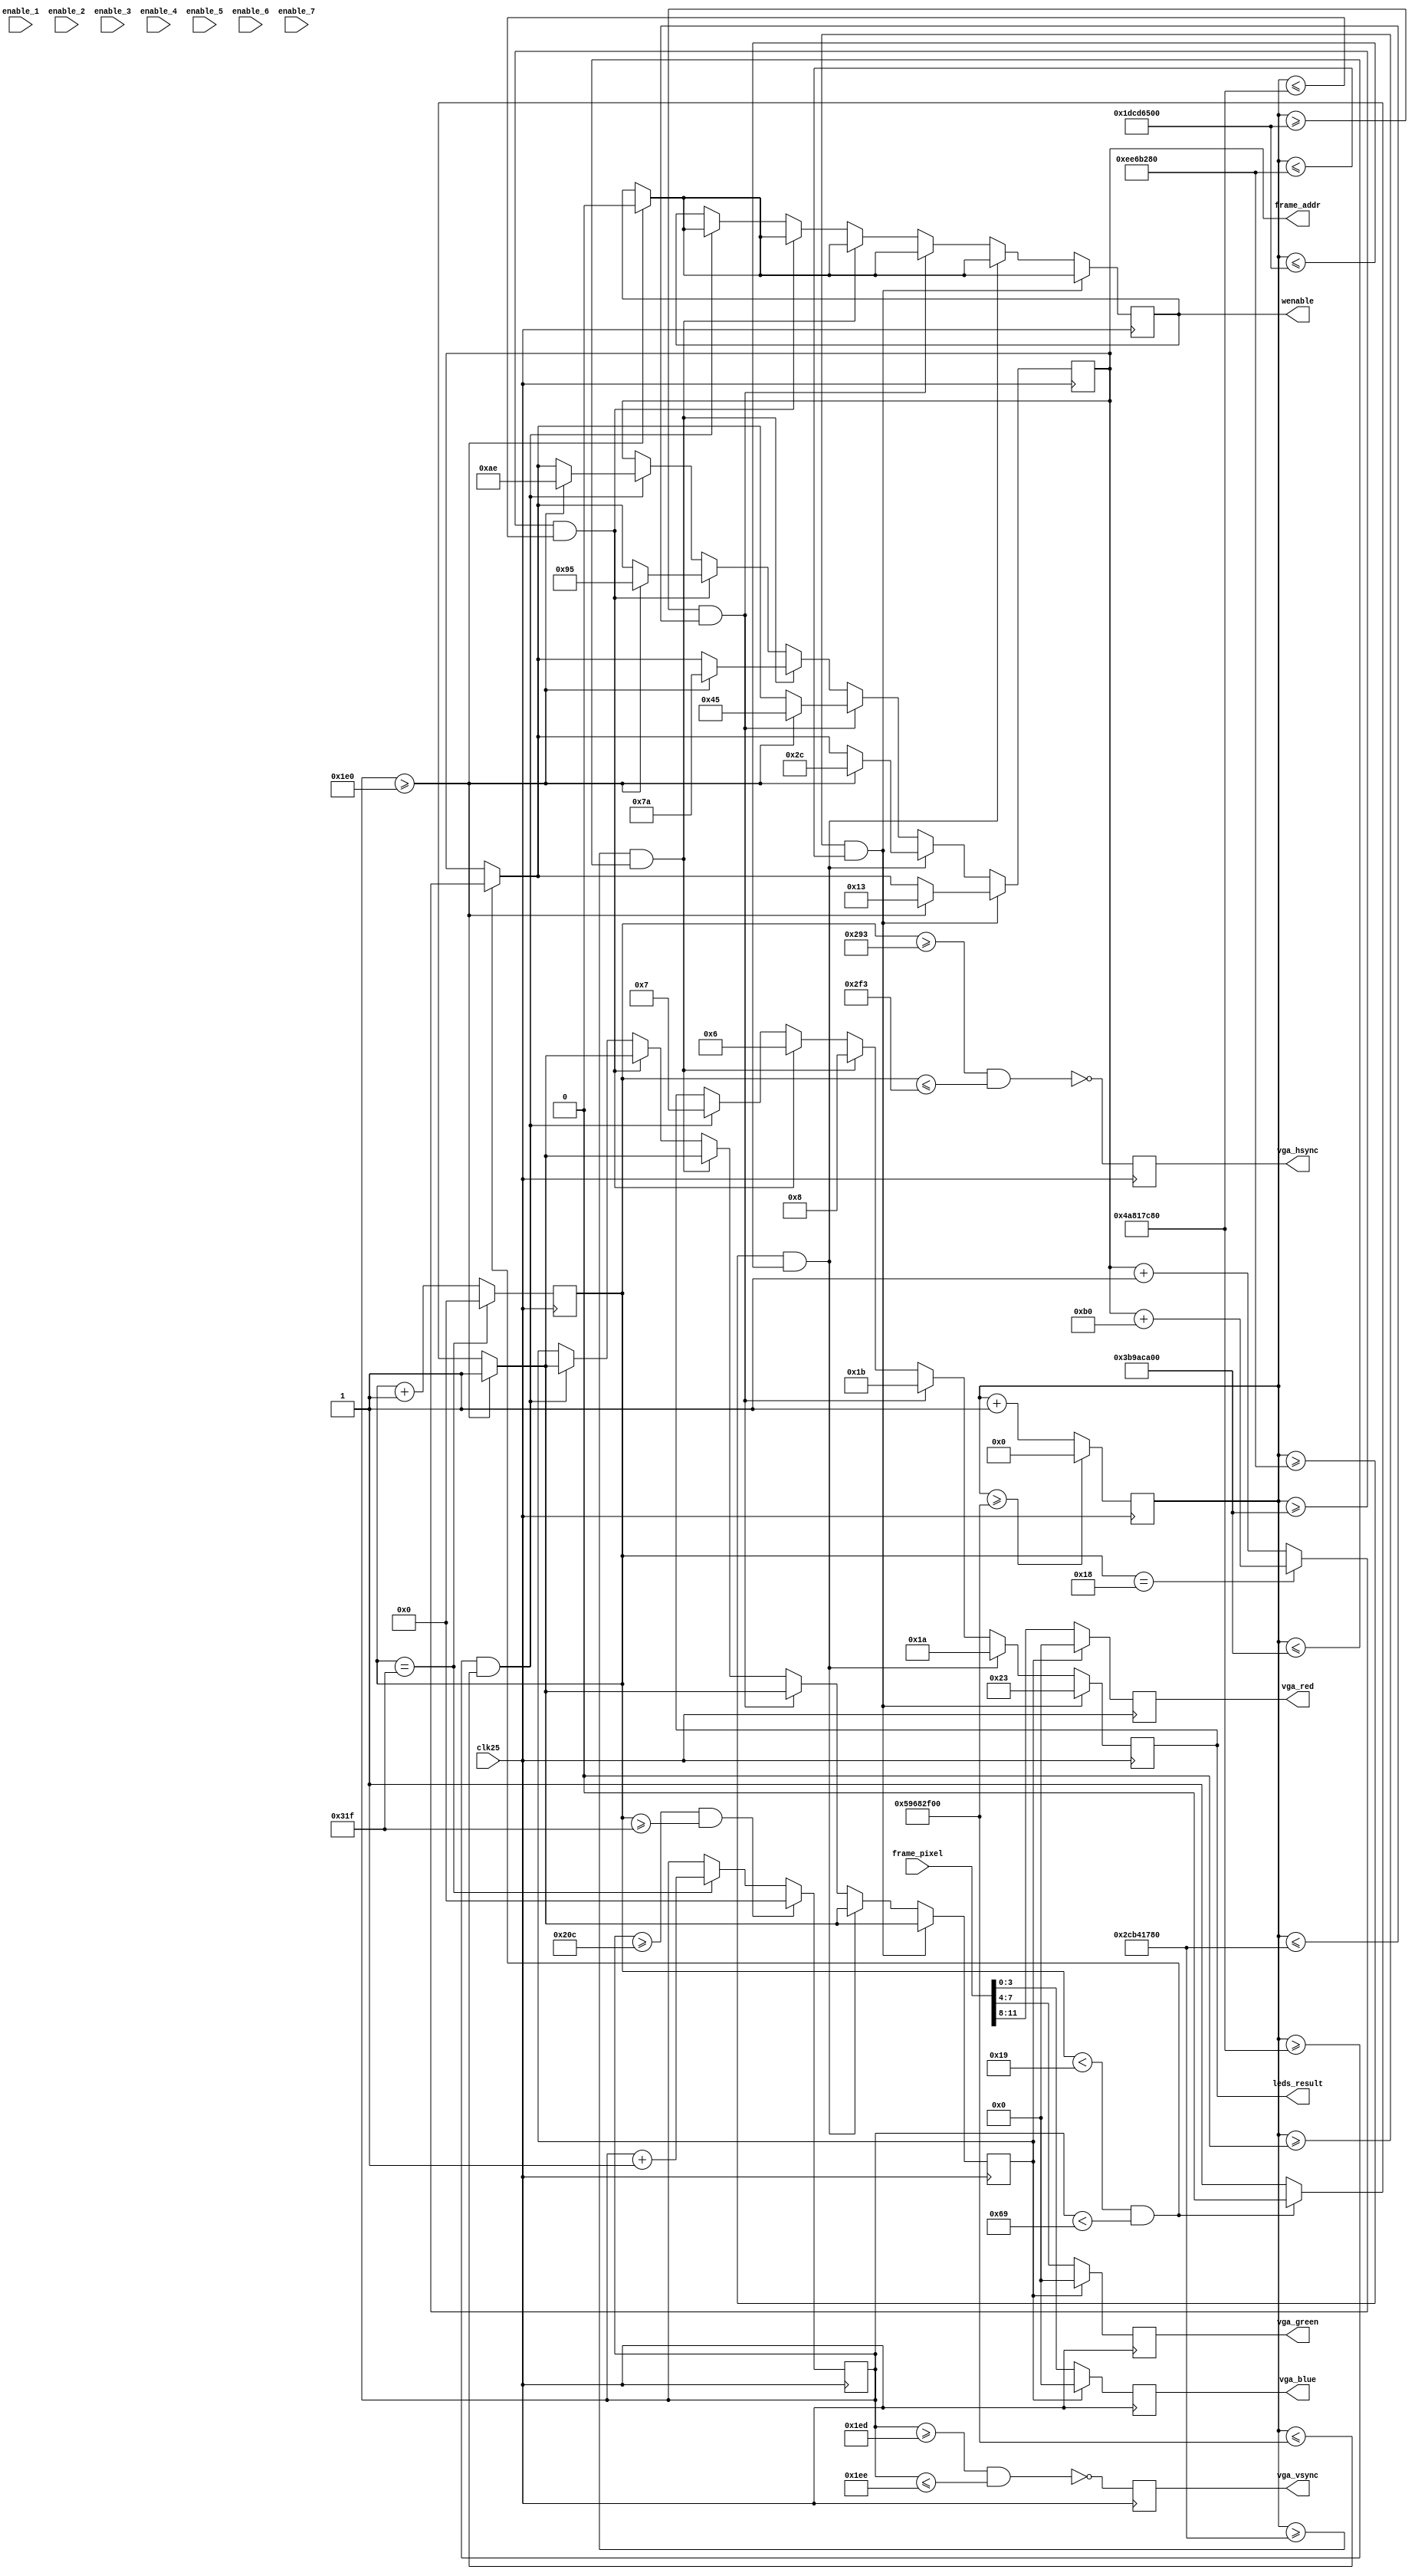


module VGA_Controller(
    input           enable_1,
    input           enable_2,
    input           enable_3,
    input           enable_4,
    input           enable_5,
    input           enable_6,
    input           enable_7,
    input           clk25,          // 25Mhz clock for VGA 640x480
	output  [3:0]   vga_red,        // VGA RED
	output  [3:0]   vga_green,      // VGA GREEN
    output  [3:0]   vga_blue,       // VGA BLUE
    output          vga_hsync,      // Horizontal sync pulse
    output          vga_vsync,      // Vertical sync pulse
    output  [14:0]  frame_addr,     // Address to read from memory
    input   [11:0]  frame_pixel,     // Data read from a memory location
    output wenable,   
    output [5:0] leds_result
); 
reg [5:0] leds;
	// Timing constants
	parameter hRez         = 639; 
	parameter hStartSync   = 659; 
	parameter hEndSync     = 755; 
	parameter hMaxCount    = 799; 
	
	parameter vRez         = 480; 
	parameter vStartSync   = 493; 
	parameter vEndSync     = 494; 
	parameter vMaxCount    = 524; 
	
	// Pixel row and col 
	reg [9:0] hCounter = {10{1'b0}};
	reg [9:0] vCounter = {10{1'b0}};
//	reg [9:0] x_pos = {10{1'b0}};
  //  reg [9:0] y_pos = {10{1'b0}};
	// Address to read from memory
	//reg [15:0] address = {16{1'b0}};
	reg [14:0] address = 15'd19;
	reg we = 1'b1;
	// Flag to indicate the area to display images
	reg blank = 0;
	
	// Internal signals for VGA interface
	reg [3:0]  vga_red_temp = 0;
	reg [3:0]  vga_blue_temp = 0;
	reg [3:0]  vga_green_temp = 0;
	reg        vga_hsync_temp = 0;
	reg        vga_vsync_temp = 0;
	reg        [31:0] counter_enable;
    

	always @(posedge clk25) begin
	//if (enable) begin
	    // Increasement horizontal sync counter
	   // if  (enable_1 == 1'b1) begin
	     //  counter_enable <= counter_enable + 1'b1;
	     //  end
    
         counter_enable <= counter_enable + 1'b1; 	    
	    if (counter_enable >= 32'd1500000000) begin
	    counter_enable <= 32'd0;
	    end
	    
	    
	    if (hCounter == hMaxCount)	
            hCounter <= 10'd0;
        else    
            hCounter <= hCounter + 10'd1;
	    
	    // Increasement vertical sync counter
	    if ((vCounter >= vMaxCount) && (hCounter >= hMaxCount))
            vCounter <= 10'd0;
        else if (hCounter == hMaxCount)
            vCounter <= vCounter + 10'd1;

        // Generate RGB value for VGA display
        // if blank is asserted, the area will be black
        // if blank is de-asserted, the area will have color
	    if(blank == 0) begin
			vga_red_temp   <= frame_pixel[11:8];
        vga_green_temp <= frame_pixel[7:4];
        vga_blue_temp <= frame_pixel[3:0];
//        vga_red_temp   <= {4{1'b1}};
//                vga_green_temp <= {4{1'b1}};
//                vga_blue_temp <= {4{1'b1}};
	    end
	    else begin
			vga_red_temp   <= {4{1'b0}};
			vga_green_temp <= {4{1'b0}};
			vga_blue_temp <= {4{1'b0}};
	    end
		
		// Indicate area to display images
		// blank is only de-asserted if the column pixel less than 640
		// and row pixel less than 480
	if(counter_enable >= 32'd0 && counter_enable <= 32'd250000000) begin
	   leds <= 6'b100011;
        if(vCounter >= vRez) begin
           //address <= {16{1'b0}};
           address <= 15'd19;
           we <= 1'b0;
            blank <= 1;
        end
        else begin
     //       if(hCounter < 200 && vCounter < 105) begin
     //           blank <= 0;
                // Double size the image to display full screen
                // Otherwise, it will have duplicate image or half screen will be black
               // if (hCounter[1] == 1'b1)
       //        we <= 1'b0; 
         //      address <= address+1'b1;
          //  end
          if(hCounter < 25 && vCounter < 105) begin
          blank <= 0;
                        if (hCounter == 10'd24) begin
                         address <= address+15'd176;
                       end
                     else begin 
                         address<= address + 1'b1;
                     end
                      end
            else blank <= 1;                     
        end
            end
            
           else if(counter_enable >= 32'd250000000 && counter_enable <= 32'd500000000) begin
           leds <= 6'b011010;
                    if(vCounter >= vRez) begin
                       address <= 15'd44;
                       we <= 1'b0;
                        blank <= 1;
                    end
                    else begin

                      if(hCounter < 25 && vCounter < 105) begin
                      blank <= 0;
                                    if (hCounter == 10'd24) begin
                                     address <= address+15'd176;
                                   end
                                 else begin 
                                     address<= address + 1'b1;
                                 end
                                  end
                        else blank <= 1;                     
                    end
                        end
            
            
            
             else if(counter_enable >= 32'd500000000 && counter_enable <= 32'd750000000) begin
               leds <= 6'b011011;
                                          if(vCounter >= vRez) begin
                                             //address <= {16{1'b0}};
                                             address <= 15'd69;
                                             we <= 1'b0;
                                              blank <= 1;
                                          end
                                          else begin
                                       //       if(hCounter < 200 && vCounter < 105) begin
                                       //           blank <= 0;
                                                  // Double size the image to display full screen
                                                  // Otherwise, it will have duplicate image or half screen will be black
                                                 // if (hCounter[1] == 1'b1)
                                         //        we <= 1'b0; 
                                           //      address <= address+1'b1;
                                            //  end
                                            if(hCounter < 25 && vCounter < 105) begin
                                            blank <= 0;
                                                          if (hCounter == 10'd24) begin
                                                           address <= address+15'd176;
                                                         end
                                                       else begin 
                                                           address<= address + 1'b1;
                                                       end
                                                        end
                                              else blank <= 1;                     
                                          end
                                              end
            
             else if(counter_enable >= 32'd750000000 && counter_enable <= 32'd1000000000) begin
             leds <= 6'b001000;
                                                                                       if(vCounter >= vRez) begin
                                                                                          //address <= {16{1'b0}};
                                                                                          address <= 15'd122;
                                                                                          we <= 1'b0;
                                                                                           blank <= 1;
                                                                                       end
                                                                                       else begin
                                                                                    //       if(hCounter < 200 && vCounter < 105) begin
                                                                                    //           blank <= 0;
                                                                                               // Double size the image to display full screen
                                                                                               // Otherwise, it will have duplicate image or half screen will be black
                                                                                              // if (hCounter[1] == 1'b1)
                                                                                      //        we <= 1'b0; 
                                                                                        //      address <= address+1'b1;
                                                                                         //  end
                                                                                         if(hCounter < 25 && vCounter < 105) begin
                                                                                         blank <= 0;
                                                                                                       if (hCounter == 10'd24) begin
                                                                                                        address <= address+15'd176;
                                                                                                      end
                                                                                                    else begin 
                                                                                                        address<= address + 1'b1;
                                                                                                    end
                                                                                                     end
                                                                                           else blank <= 1;                     
                                                                                       end
                                                                                           end
            
                     else if(counter_enable >= 32'd1000000000 && counter_enable <= 32'd1250000000) begin
                     leds <= 6'b000110;
                                                                                                                                                                         if(vCounter >= vRez) begin
                                                                                                                                                                            //address <= {16{1'b0}};
                                                                                                                                                                            address <= 15'd149;
                                                                                                                                                                            we <= 1'b0;
                                                                                                                                                                             blank <= 1;
                                                                                                                                                                         end
                                                                                                                                                                         else begin
                                                                                                                                                                      //       if(hCounter < 200 && vCounter < 105) begin
                                                                                                                                                                      //           blank <= 0;
                                                                                                                                                                                 // Double size the image to display full screen
                                                                                                                                                                                 // Otherwise, it will have duplicate image or half screen will be black
                                                                                                                                                                                // if (hCounter[1] == 1'b1)
                                                                                                                                                                        //        we <= 1'b0; 
                                                                                                                                                                          //      address <= address+1'b1;
                                                                                                                                                                           //  end
                                                                                                                                                                           if(hCounter < 25 && vCounter < 105) begin
                                                                                                                                                                           blank <= 0;
                                                                                                                                                                                         if (hCounter == 10'd24) begin
                                                                                                                                                                                          address <= address+15'd176;
                                                                                                                                                                                        end
                                                                                                                                                                                      else begin 
                                                                                                                                                                                          address<= address + 1'b1;
                                                                                                                                                                                      end
                                                                                                                                                                                       end
                                                                                                                                                                             else blank <= 1;                     
                                                                                                                                                                         end
                                                                                                                                                                             end
                                                                                              
            
                     else if(counter_enable >= 32'd1250000000 && counter_enable <= 32'd1500000000) begin
                     leds <= 6'b000111;
                                                                                                                                                                                                                                                           if(vCounter >= vRez) begin
                                                                                                                                                                                                                                                              //address <= {16{1'b0}};
                                                                                                                                                                                                                                                              address <= 15'd174;
                                                                                                                                                                                                                                                              we <= 1'b0;
                                                                                                                                                                                                                                                               blank <= 1;
                                                                                                                                                                                                                                                           end
                                                                                                                                                                                                                                                           else begin
                                                                                                                                                                                                                                                  
                                                                                                                                                                                                                                                             if(hCounter < 25 && vCounter < 105) begin
                                                                                                                                                                                                                                                             blank <= 0;
                                                                                                                                                                                                                                                                           if (hCounter == 10'd24) begin
                                                                                                                                                                                                                                                                            address <= address+15'd176;
                                                                                                                                                                                                                                                                          end
                                                                                                                                                                                                                                                                        else begin 
                                                                                                                                                                                                                                                                            address<= address + 1'b1;
                                                                                                                                                                                                                                                                        end
                                                                                                                                                                                                                                                                         end
                                                                                                                                                                                                                                                               else blank <= 1;                     
                                                                                                                                                                                                                                                           end
                                                                                                                                                                                                                                                               end
                                                                                                                                                                                                                                                               
                                                                                                                                                                    
            
            
            
            
            
            
		// generate active-low horizontal sync pulse
        vga_hsync_temp <=  ~((hCounter >= hStartSync) && (hCounter <= hEndSync));
				
		// generate active-low vertical sync pulse
        vga_vsync_temp <= ~((vCounter >= vStartSync) && (vCounter <= vEndSync));
             		
	end
	//end
	// Assign value to output ports 
	assign frame_addr = address;
	assign vga_red = vga_red_temp;
	assign vga_blue = vga_blue_temp;
	assign vga_green = vga_green_temp;
	assign vga_hsync = vga_hsync_temp;
	assign vga_vsync = vga_vsync_temp; 
	assign wenable = we;
	assign leds_result = leds;	
endmodule